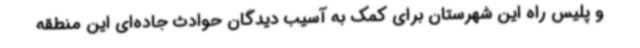
و پلیس راه این شهرستان برای کمک به آسیب دیدگان حوادث جاده‌ای این منطقه